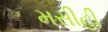
મસીહી